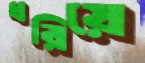
ধরিয়ে